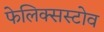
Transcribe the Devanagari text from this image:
फेलिक्सस्टोव